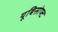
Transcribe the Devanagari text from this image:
यूबिसोफ्ट